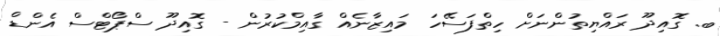
ބ. ގޮއިދޫ ރައްޔިތުންނަށް ހިތްފަސޭހަ މައިޒާނެއް ގާއިމްކުރުން - ގޮއިދޫ ސްޕޯޓްސް އެންޑް